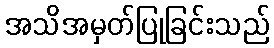
အသိအမှတ်ပြုခြင်းသည်